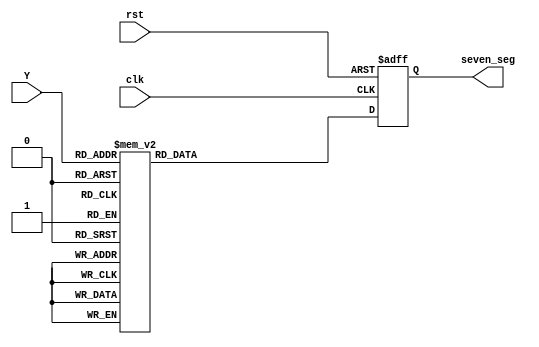
`timescale 1ns / 1ps
//////////////////////////////////////////////////////////////////////////////////
// Company: 
// Engineer: 
// 
// Design Name: 
// Module Name: seven_seg_display
// Project Name: 
// Target Devices: 
// Tool Versions: 
// Description: 
// 
// Dependencies: 
// 
// Revision:
// Revision 0.01 - File Created
// Additional Comments:
// 
//////////////////////////////////////////////////////////////////////////////////


module seven_seg_display(input clk,rst,input [3:0] Y, output reg [6:0] seven_seg );

always @ (posedge clk or posedge rst) begin
 if (rst)
    begin
        seven_seg=0;
    end
  else begin
    case(Y)
        4'b0000 :      	//Hexadecimal 0
        seven_seg = 7'b1111110;
        4'b0001 :    		//Hexadecimal 1
        seven_seg = 7'b0110000  ;
        4'b0010 :  		// Hexadecimal 2
        seven_seg = 7'b1101101 ; 
        4'b0011 : 		// Hexadecimal 3
        seven_seg = 7'b1111001 ;
        4'b0100 :		// Hexadecimal 4
        seven_seg = 7'b0110011 ;
        4'b0101 :		// Hexadecimal 5
        seven_seg = 7'b1011011 ;  
        4'b0110 :		// Hexadecimal 6
        seven_seg = 7'b1011111 ;
        4'b0111 :		// Hexadecimal 7
        seven_seg = 7'b1110000;
        4'b1000 :     		 //Hexadecimal 8
        seven_seg = 7'b1111111;
        4'b1001 :    		//Hexadecimal 9
        seven_seg = 7'b1111011 ;
        4'b1010 :  		// Hexadecimal A
        seven_seg = 7'b1110111 ; 
        4'b1011 : 		// Hexadecimal B
        seven_seg = 7'b0011111;
        4'b1100 :		// Hexadecimal C
        seven_seg = 7'b1001110 ;
        4'b1101 :		// Hexadecimal D
        seven_seg = 7'b0111101 ;
        4'b1110 :		// Hexadecimal E
        seven_seg = 7'b1001111 ;
        4'b1111 :		// Hexadecimal F
        seven_seg = 7'b1000111 ;
        default :
        seven_seg = 7'b1111111 ;
    
    endcase
  end
end
endmodule